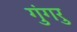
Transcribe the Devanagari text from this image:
गुंगरु